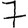
Digit: 7